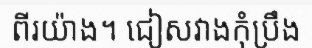
ពីរយ៉ាង។ ជៀសវាងកុំប្រឹង